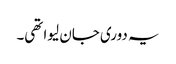
یہ دوری جان لیوا تھی۔